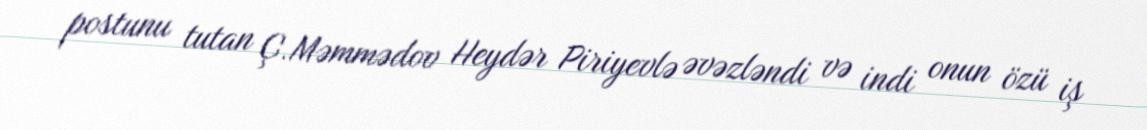
postunu tutan Ç.Məmmədov Heydər Piriyevlə əvəzləndi və indi onun özü iş